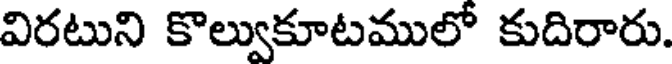
విరటుని కొల్వుకూటములో కుదిరారు.